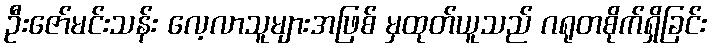
ဦးဇော်မင်းသန်း လေ့လာသူများအဖြစ် မှထုတ်ယူသည် ဂရုတစိုက်ရှိခြင်း